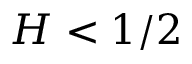
H < 1 / 2